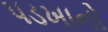
પડખાનો